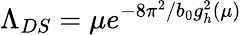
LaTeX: \Lambda_{DS}=\mu e^{-8\pi^{2}/b_{0}g_{h}^{2}(\mu)}